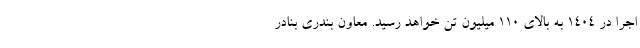
اجرا در ۱۴۰۴ به بالای ۱۱۰ میلیون تن خواهد رسید. معاون بندری بنادر